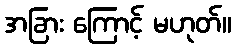
အခြား ကြောင့် မဟုတ်။